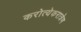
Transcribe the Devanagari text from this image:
करोत्येकरात्रेण